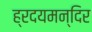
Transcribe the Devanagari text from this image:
ह्रदयमन्दिर